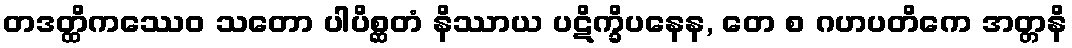
တဒတ္ထိကဿေဝ သတော ပါပိစ္ဆတံ နိဿာယ ပဋိက္ခိပနေန, တေ စ ဂဟပတိကေ အတ္တနိ